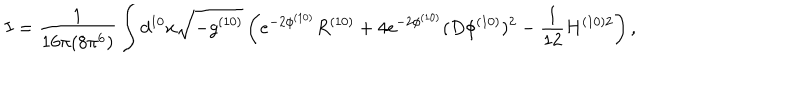
I = \frac { 1 } { 1 6 \pi ( 8 \pi ^ { 6 } ) } \int d ^ { 1 0 } x \sqrt { - g ^ { ( 1 0 ) } } \left( e ^ { - 2 \phi ^ { ( 1 0 ) } } R ^ { ( 1 0 ) } + 4 e ^ { - 2 \phi ^ { ( 1 0 ) } } ( D \phi ^ { ( 1 0 ) } ) ^ { 2 } - \frac { 1 } { 1 2 } H ^ { ( 1 0 ) 2 } \right) ,